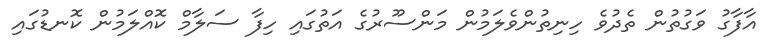
އާފާގު ވަގުތުން ތެދުވެ ހިނިތުންވެލަމުން މަންސޫރުގެ އަތުގައި ހިފާ ސަލާމް ކޮއްލަމުން ކޮނޑުގައި